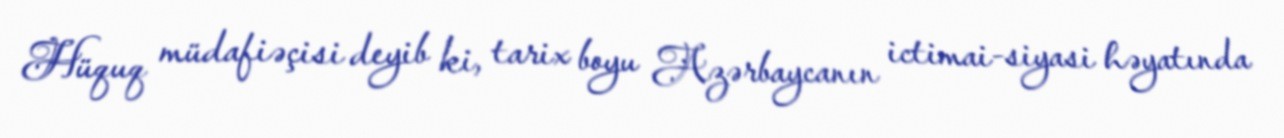
Hüquq müdafiəçisi deyib ki, tarix boyu Azərbaycanın ictimai-siyasi həyatında